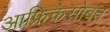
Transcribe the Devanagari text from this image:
आफ्रिकेसोबत